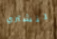
لنشتري